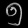
Digit: ၅